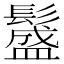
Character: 𩯎